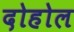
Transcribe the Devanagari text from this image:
दोहोल